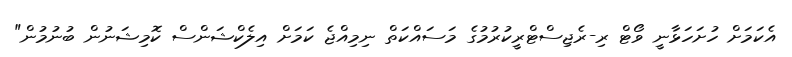
އެކަމަށް ހުށަހަޅާނީ ވޯޓް ރި-ރެޖިސްޓްރީކުރުމުގެ މަސައްކަތް ނިމިއްޖެ ކަމަށް އިލެކްޝަންސް ކޮމިޝަނުން ބުނުމުން"